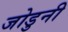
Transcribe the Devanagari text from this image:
जोडुनी